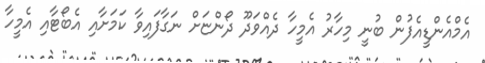
އެމްއެންޑީއެފުން ބުނީ މިހާރު އެމީހާ ދެއްވަދޫ ދޯންޏަށް ނަގާފައިވާ ކަމަށާއި އެބޯޓާއި އެމީހާ